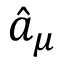
\hat { a } _ { \mu }